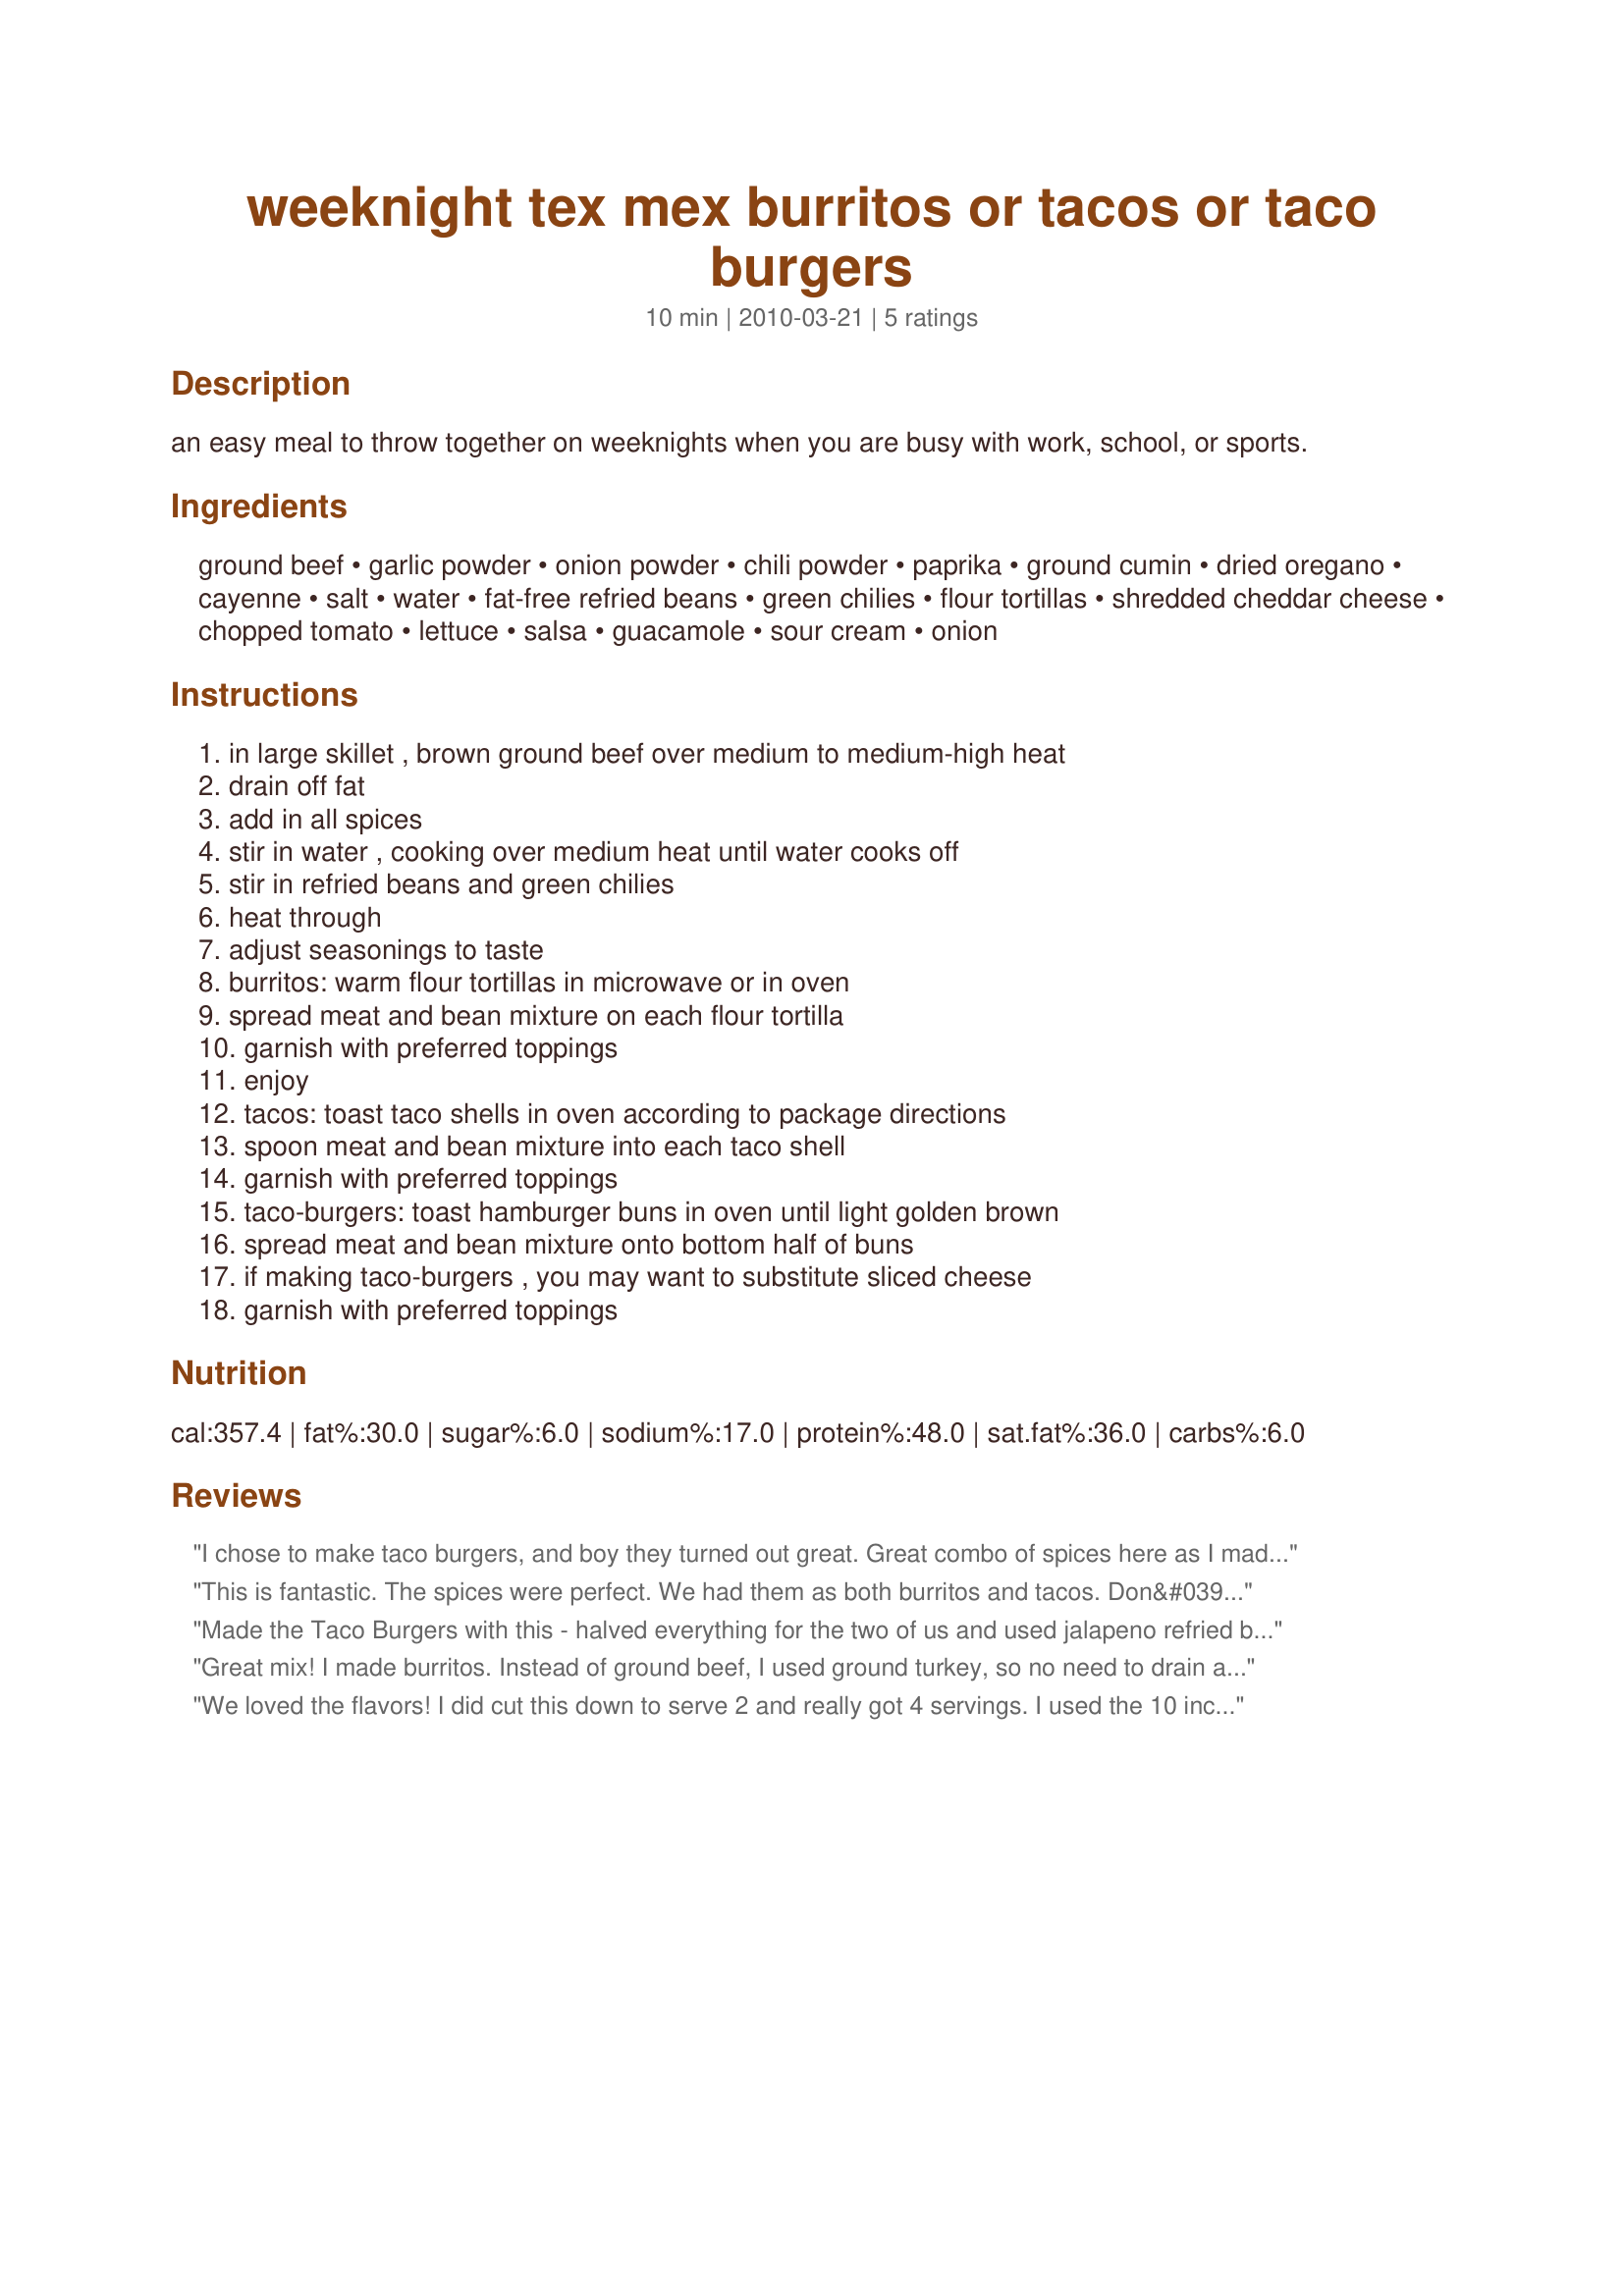
weeknight tex mex burritos or tacos or taco burgers
Preparation time: 10 minutes

an easy meal to throw together on weeknights when you are busy with work, school, or sports.

Ingredients:
ground beef, garlic powder, onion powder, chili powder, paprika, ground cumin, dried oregano, cayenne, salt, water, fat-free refried beans, green chilies, flour tortillas, shredded cheddar cheese, chopped tomato, lettuce, salsa, guacamole, sour cream, onion

Steps:
in large skillet , brown ground beef over medium to medium-high heat, drain off fat, add in all spices, stir in water , cooking over medium heat until water cooks off, stir in refried beans and green chilies, heat through, adjust seasonings to taste, burritos: warm flour tortillas in microwave or in oven, spread meat and bean mixture on each flour tortilla, garnish with preferred toppings, enjoy, tacos: toast taco shells in oven according to package directions, spoon meat and bean mixture into each taco shell, garnish with preferred toppings, taco-burgers: toast hamburger buns in oven until light golden brown, spread meat and bean mixture onto bottom half of buns, if making taco-burgers , you may want to substitute sliced cheese, garnish with preferred toppings

Reviews:
I chose to make taco burgers, and boy they turned out great. Great combo of spices here as I made as written, and we all chose various topping from the list. This is defineately recommended for a quick dinner. If mixed well, you will have no complaints. Made for PRMR tag.
This is fantastic. The spices were perfect. We had them as both burritos and tacos. Don&#039;t miss this, it is quick, delicious and perfect tex mex. leftovers too.
Made the Taco Burgers with this - halved everything for the two of us and used jalapeno refried beans, so left out the cayenne and green chilis (hubby sweats with anything spicier than catsup). Used 1/4 cup water, tho. Topped our burgers with fresh tomato and red onion slices and American cheese. He and I both thought they were great. Thanks for sharing.
Great mix! I made burritos. Instead of ground beef, I used ground turkey, so no need to drain any fat. I cut the recipe down to serve 4 but used the full can of beans. Topped with cheddar and jack cheese, salsa and sour cream before rolling them. Tasty, quick dinner!
We loved the flavors! I did cut this down to serve 2 and really got 4 servings. I used the 10 inch tortillas. I decided to bake these in a 450° oven for 20 minutes. I sprayed Pam on the pan and on top of the tortillas. They come out nice and crispy. Love the re-fried beans in this. Served them with a side of mexi fries for a yummy dinner. Thanks for posting. :)
